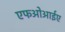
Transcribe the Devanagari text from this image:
एफओआईए